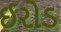
ઈરોડ